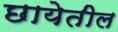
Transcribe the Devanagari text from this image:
छायेतील